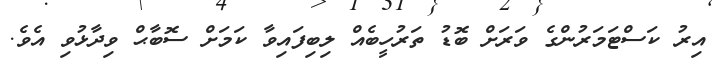
އިރު ކަސްޓަމަރުންގެ ވަރަށް ބޮޑު ތަރުހީބެއް ލިބިފައިވާ ކަމަށް ސޮބާޙް ވިދާޅުވި އެވެ.